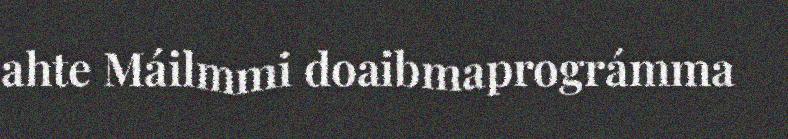
ahte Máilmmi doaibmaprográmma